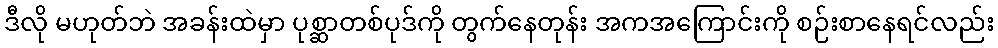
ဒီလို မဟုတ်ဘဲ အခန်းထဲမှာ ပုစ္ဆာတစ်ပုဒ်ကို တွက်နေတုန်း အကအကြောင်းကို စဉ်းစာနေရင်လည်း